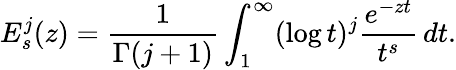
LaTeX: E_{s}^{j}(z)={\frac{1}{\Gamma(j+1)}}\int_{1}^{\infty}(\log t)^{j}{\frac{e^{-zt}}{t^{s}}}\, dt.